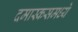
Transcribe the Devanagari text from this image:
दमास्कसमध्ये